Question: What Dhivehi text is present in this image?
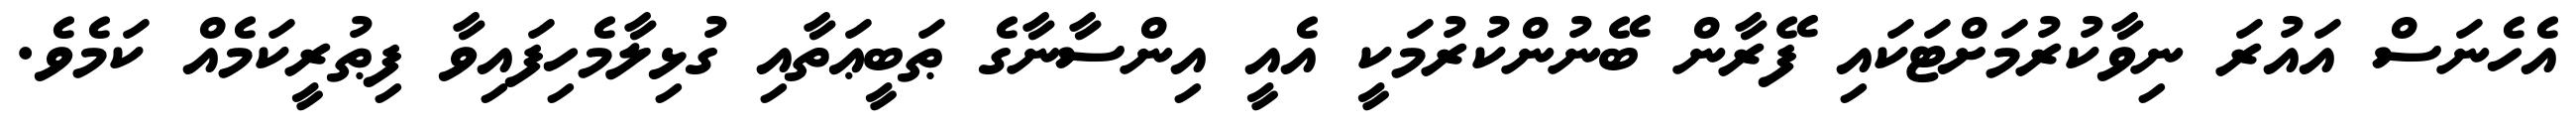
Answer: އެހެނަސް އައުރަ ނިވާކުރުމަށްޓަކައި ފޭރާން ބޭނުންކުރުމަކީ އެއީ އިންސާނާގެ ޠަބީޢަތާއި ގުޅިލާމެހިފައިވާ ފިޠުރީކަމެއް ކަމެވެ.